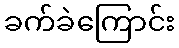
ခက်ခဲကြောင်း